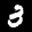
Label: 3